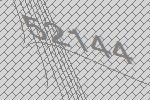
52144